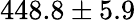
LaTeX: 448.8\pm 5.9